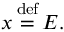
x \, { \stackrel { \mathrm { d e f } } { = } } \, E .